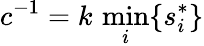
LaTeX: c^{-1}=k\, \operatorname*{min}_{i}\{ s_{i}^{*}\}